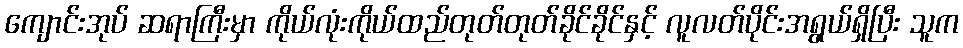
ကျောင်းအုပ် ဆရာကြီးမှာ ကိုယ်လုံးကိုယ်ထည်တုတ်တုတ်ခိုင်ခိုင်နှင့် လူလတ်ပိုင်းအရွယ်ရှိပြီး သူက